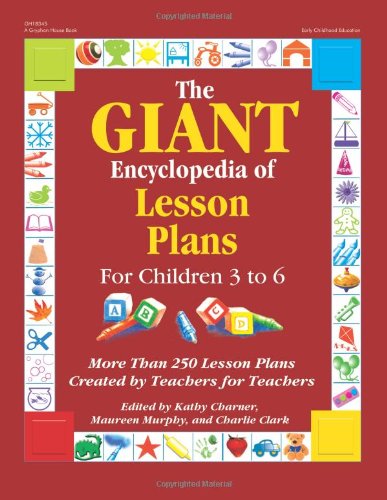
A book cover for The Giant Encyclopedia of Lesson Plans for Children 3 to 6 (GR-18345); Education & Teaching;